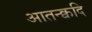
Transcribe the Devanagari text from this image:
आतन्क्वदि